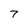
Character: 7